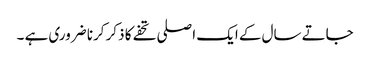
جاتے سال کے ایک اصلی تحفے کا ذکر کرنا ضروری ہے ۔